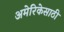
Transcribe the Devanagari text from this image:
अमेरिकेसाठी